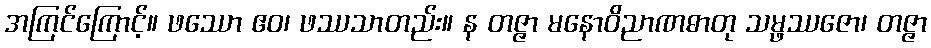
အကြင်ကြောင့်။ ဖဿော ဧဝ၊ ဖဿသာတည်း။ န တဇ္ဇာ မနောဝိညာဏဓာတု သမ္ဖဿဇော၊ တဇ္ဇာ